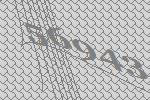
56943